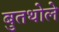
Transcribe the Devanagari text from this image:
बुतथोले